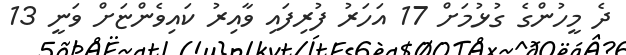
ދެ މީހުންގެ ގުޅުމަށް 17 އަހަރު ފުރިފައި ވާއިރު ކައިވެންޏަށް ވަނީ 13